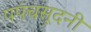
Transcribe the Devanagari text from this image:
पपंचसूदनी